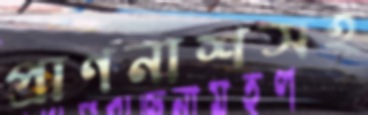
প্রাণনাশসহ